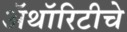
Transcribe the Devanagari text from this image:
ॲथॉरिटीचे